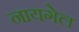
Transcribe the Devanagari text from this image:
नायगेल